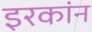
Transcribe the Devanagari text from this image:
इरकांन